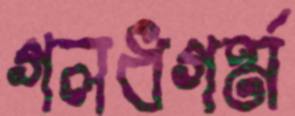
গলধগর্ম